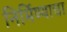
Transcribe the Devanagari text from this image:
निर्मिण्याचा